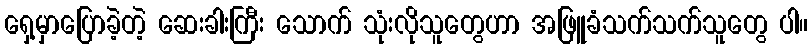
ရှေ့မှာပြောခဲ့တဲ့ ဆေးခါးကြီး သောက် သုံးလိုသူတွေဟာ အဖြူခံသက်သက်သူတွေ ပါ။